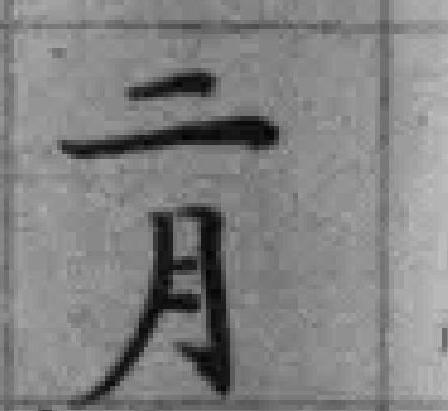
二月